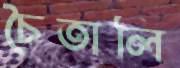
চৈতালি